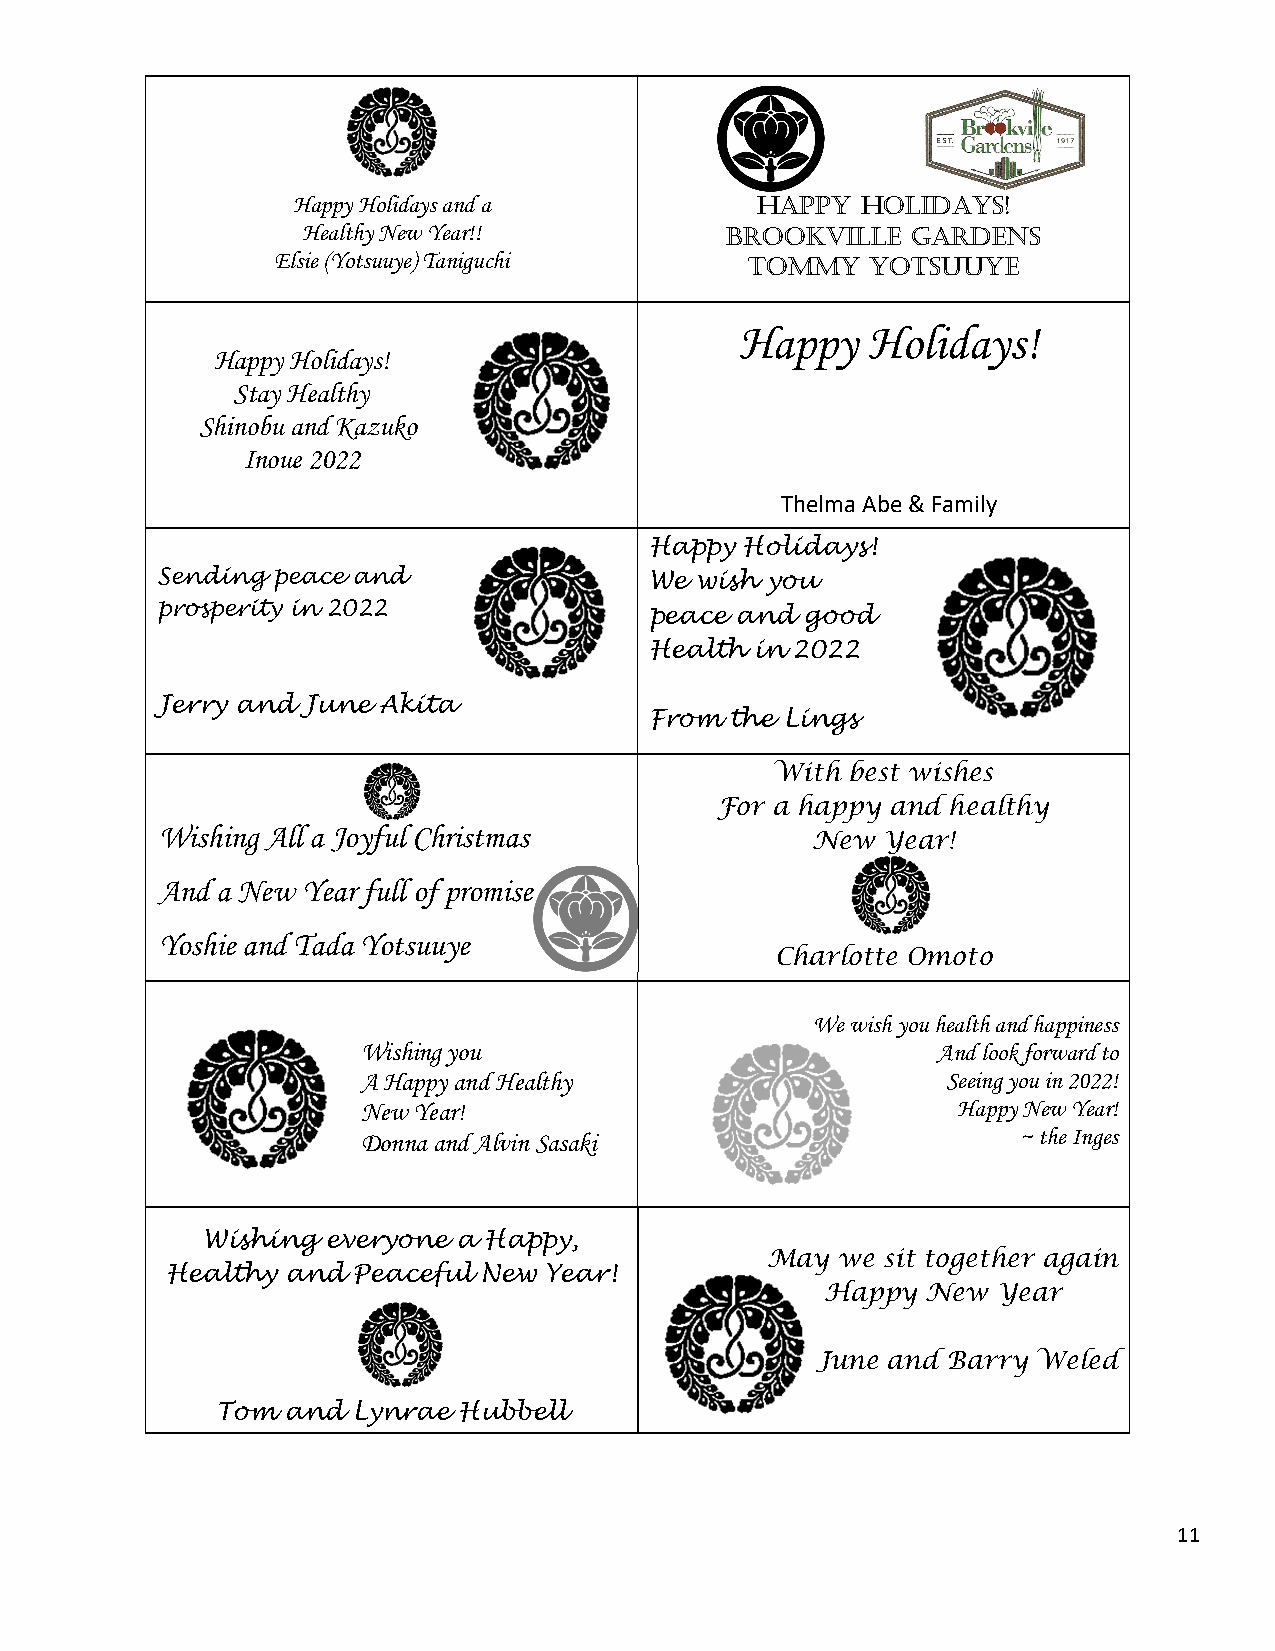
Happy Holidays and a           happy  holidays!
 Healthy New Year!!          Brookville  gardens
 Elsie (Yotsuuye) Taniguchi
 toMMy   yotsuuye
 Happy   Holidays!
 Happy Holidays!
 Stay Healthy
 Shinobu and Kazuko
 Inoue 2022
 Thelma Abe & Family
 Happy Holidays!
 Sending peace and                We wish you
 prosperity in 2022
 peace and good
 Health in 2022
 Jerry and June Akita
 From the Lings
 With best wishes
 For a happy and healthy
 Wishing All a Joyful Christmas
 New Year!
 And a New Year ful l of promise
 Yoshie and Tada Yotsuuye
 Charlotte Omoto
 We wish you health and happiness
 Wishing you                           And look forward to
 A Happy and Healthy                    Seeing you in 2022!
 New Year!                              Happy New Year!
 Donna and Alvin Sasaki                     ~ the Inges
 Wishing  everyone a Happy,
 May we sit together again
 Healthy and Peaceful New Year!
 Happy New  Year
 June and Barry Weled
 Tom  and Lynrae Hubbell
 11